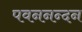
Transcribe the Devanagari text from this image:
पवननन्दन